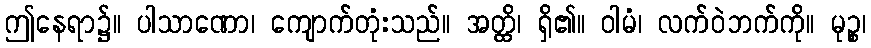
ဤနေရာ၌။ ပါသာဏော၊ ကျောက်တုံးသည်။ အတ္ထိ၊ ရှိ၏။ ဝါမံ၊ လက်ဝဲဘက်ကို။ မုဉ္စ၊